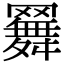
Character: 𦌳